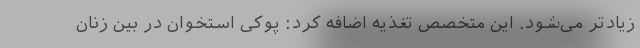
زیادتر می‌شود. این متخصص تغذیه اضافه کرد: پوکی استخوان در بین زنان